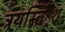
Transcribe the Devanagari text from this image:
त्रयस्तिं्रश